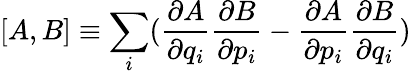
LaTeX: [A,B]\equiv\sum_{i}(\frac{\partial A}{\partial q_{i}}\frac{\partial B}{\partial p_{i}}-\frac{\partial A}{\partial p_{i}}\frac{\partial B}{\partial q_{i}})